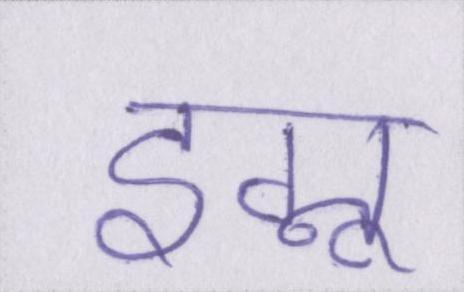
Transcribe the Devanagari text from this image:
इग्नू